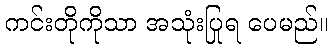
ကင်းတိုကိုသာ အသုံးပြုရ ပေမည်။